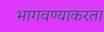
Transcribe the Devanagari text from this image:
भागवण्याकरता